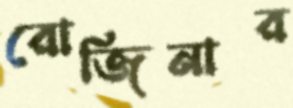
রোজিনার